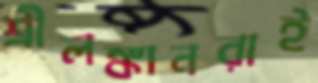
শ্রীলঙ্কানরাই